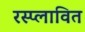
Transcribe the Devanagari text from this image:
रस्प्लावित